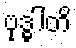
ဗုဒ္ဓါတိ